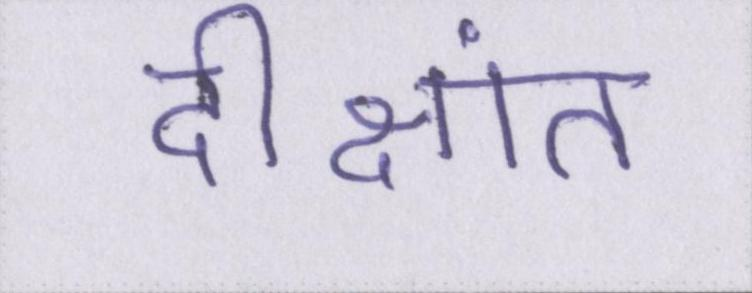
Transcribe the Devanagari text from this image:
दीक्षांत